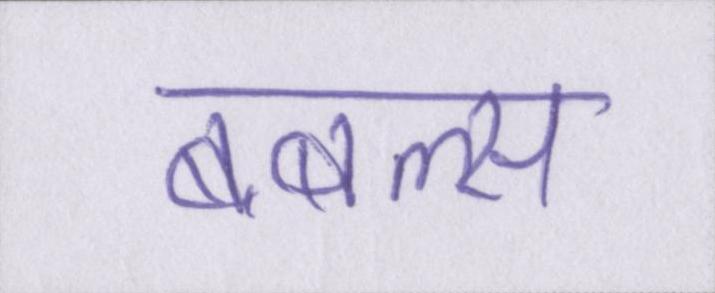
बबल्स